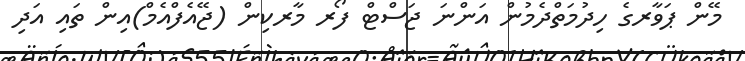
މޭން ޕަވާރގެ ހިދުމަތްދެމުން އަންނަ ޖަސްޓް ފޯރ މާރކިން (ޖޭއެފްއެމް)އިން ތައި އަދި